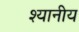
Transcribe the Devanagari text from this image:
श्यानीय